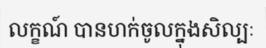
លក្ខណ៍ បានហក់ចូលក្នុងសិល្បៈ